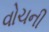
વોચની